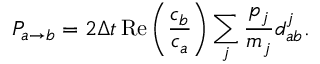
P _ { a \to b } = 2 \Delta t \operatorname { R e } \left( \frac { c _ { b } } { c _ { a } } \right) \sum _ { j } \frac { p _ { j } } { m _ { j } } d _ { a b } ^ { j } .